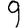
Digit: 9